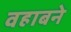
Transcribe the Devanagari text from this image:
वहाबने